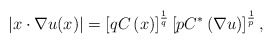
\begin{align*}\left\vert x\cdot\nabla u(x)\right\vert =\left[ qC\left( x\right) \right]^{\frac{1}{q}}\left[ pC^{\ast}\left( \nabla u\right) \right] ^{\frac{1}{p}},\end{align*}